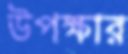
উপক্ষার